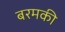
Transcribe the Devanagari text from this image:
बरमकी